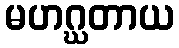
မဟဂ္ဃတာယ